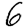
Digit: 6